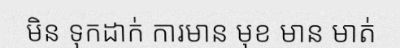
មិន ទុកដាក់ ការមាន មុខ មាន មាត់